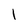
Character: I